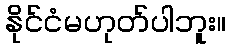
နိုင်ငံမဟုတ်ပါဘူး။